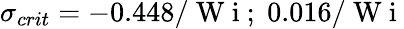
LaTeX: \sigma_{crit}=-0.448/\mathrm{~W~i~};\; 0.016/\mathrm{~W~i~}